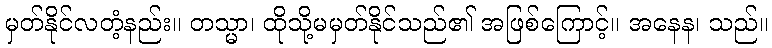
မှတ်နိုင်လတံ့နည်း။ တသ္မာ၊ ထိုသို့မမှတ်နိုင်သည်၏ အဖြစ်ကြောင့်။ အနေန၊ သည်။